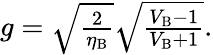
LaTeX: \begin{array}{r}{g=\sqrt{\frac{2}{\eta_{\mathrm{B}}}}\sqrt{\frac{V_{\mathrm{B}}-1}{V_{\mathrm{B}}+1}}.}\end{array}